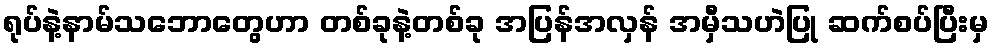
ရုပ်နဲ့နာမ်သဘောတွေဟာ တစ်ခုနဲ့တစ်ခု အပြန်အလှန် အမှီသဟဲပြု ဆက်စပ်ပြီးမှ